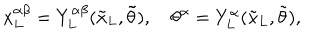
{ x _ { L } ^ { \alpha \beta } } = Y _ { L } ^ { \alpha \beta } ( { \tilde { x } _ { L } } , { \tilde { \theta } } ) , \quad { \theta ^ { \alpha } } = Y _ { L } ^ { \alpha } ( { \tilde { x } _ { L } } , { \tilde { \theta } } ) ,